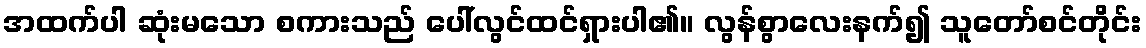
အထက်ပါ ဆုံးမသော စကားသည် ပေါ်လွင်ထင်ရှားပါ၏။ လွန်စွာလေးနက်၍ သူတော်စင်တိုင်း